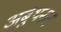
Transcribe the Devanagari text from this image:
अर्बुथनाट